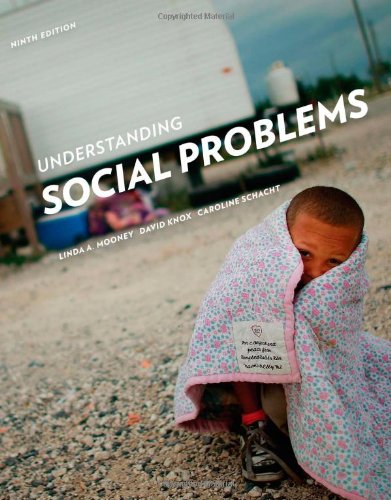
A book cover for Understanding Social Problems; Linda A. Mooney; Politics & Social Sciences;